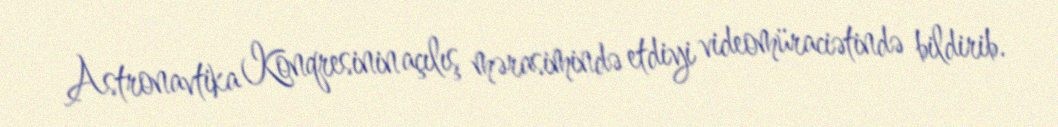
Astronavtika Konqresinin açılış mərasimində etdiyi videomüraciətində bildirib.